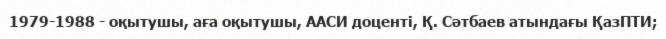
1979-1988 - оқытушы, аға оқытушы, ААСИ доценті, Қ. Сәтбаев атындағы ҚазПТИ;